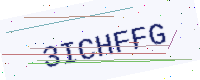
Text: 3ICHFFG